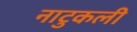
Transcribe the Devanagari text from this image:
नाटुकली